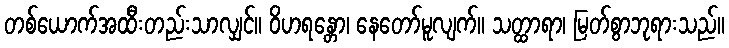
တစ်ယောက်အထီးတည်းသာလျှင်။ ဝိဟရန္တော၊ နေတော်မူလျက်။ သတ္ထာရာ၊ မြတ်စွာဘုရားသည်။